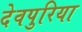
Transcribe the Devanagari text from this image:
देवपुरिया